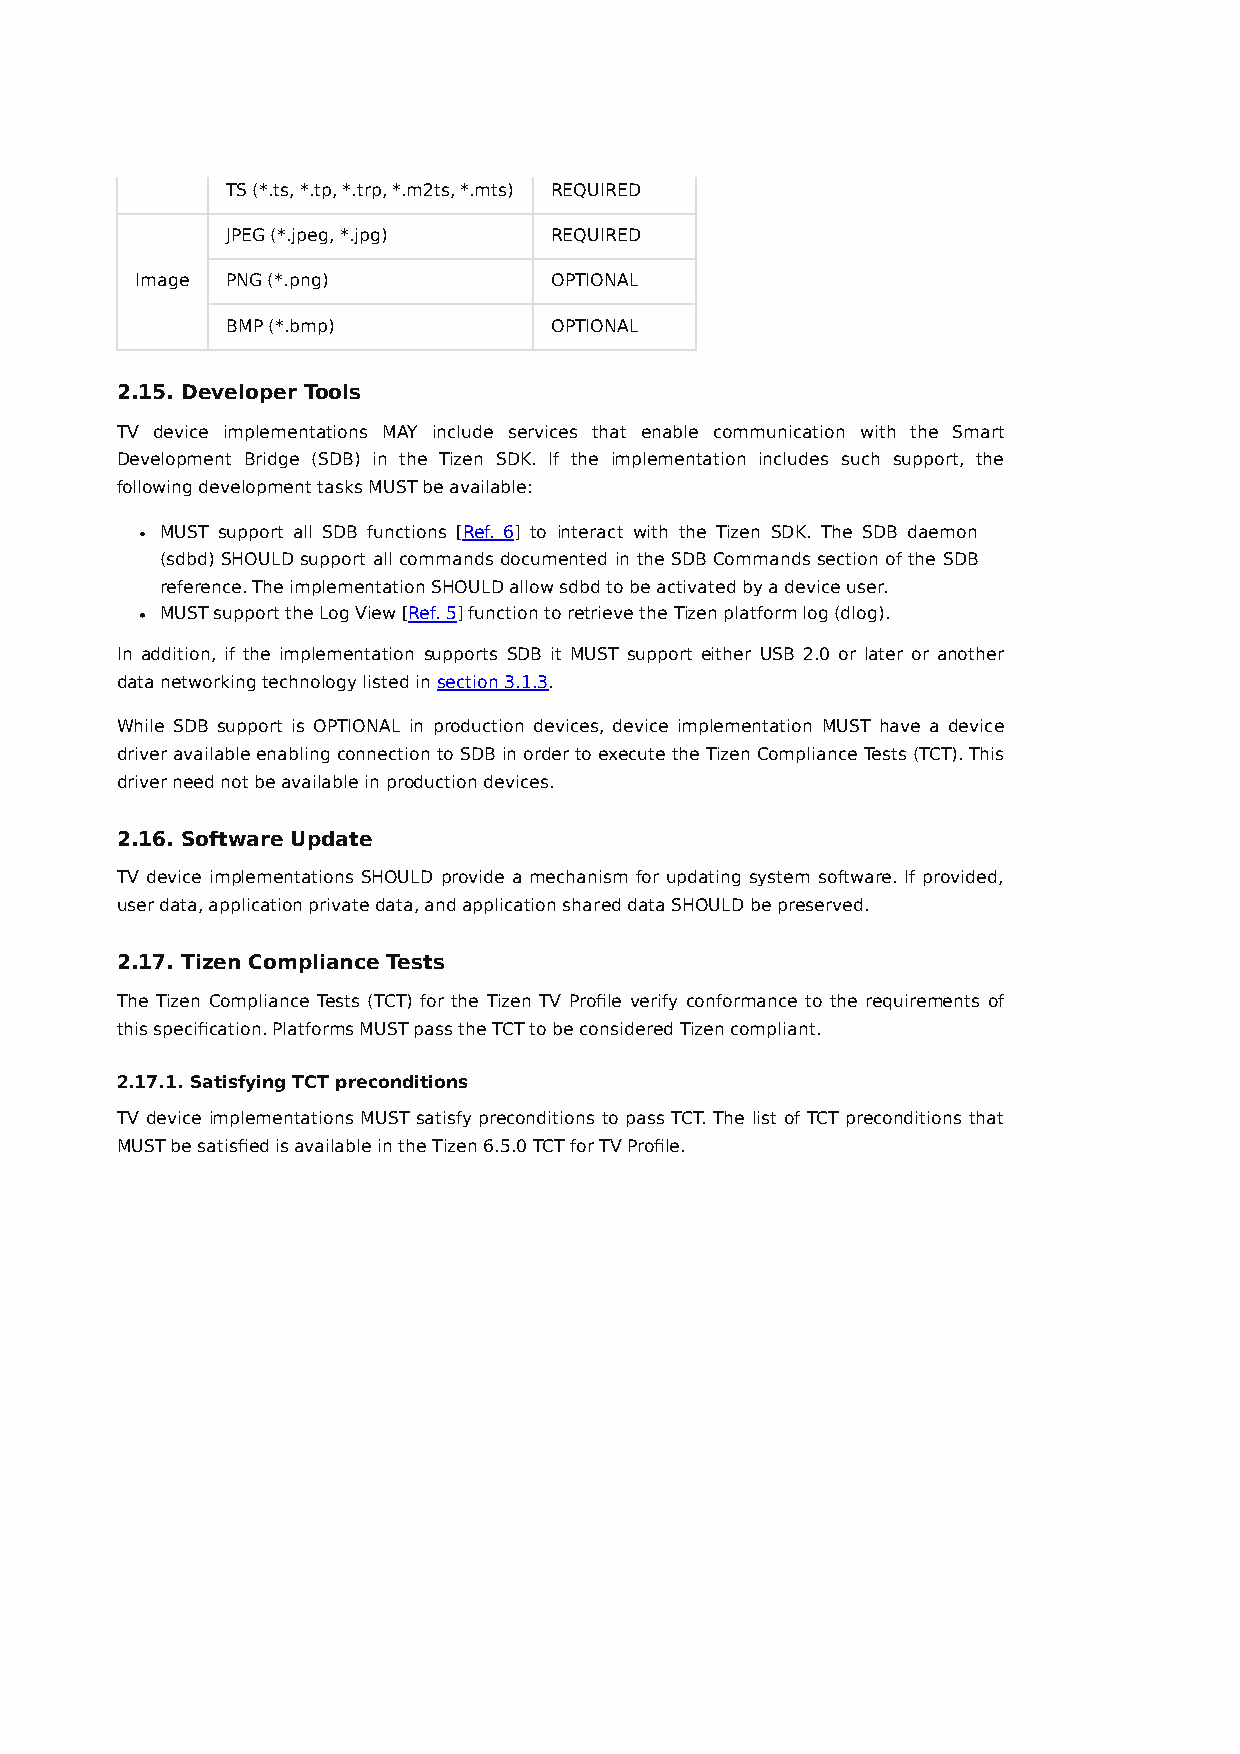
TS (*.ts, *.tp, *.trp, *.m2ts, *.mts) REQUIRED
 JPEG (*.jpeg, *.jpg) REQUIRED
 Image PNG (*.png)          OPTIONAL
 BMP (*.bmp)          OPTIONAL
 2.15. Developer Tools
 TV device implementations MAY include services that enable communication with the Smart
 Development Bridge (SDB) in the Tizen SDK. If the implementation includes such support, the
 following development tasks MUST be available:
 MUST support all SDB functions [Ref. 6] to interact with the Tizen SDK. The SDB daemon
 (sdbd) SHOULD support all commands documented in the SDB Commands section of the SDB
 reference. The implementation SHOULD allow sdbd to be activated by a device user.
 MUST support the Log View [Ref. 5] function to retrieve the Tizen platform log (dlog).
 In addition, if the implementation supports SDB it MUST support either USB 2.0 or later or another
 data networking technology listed in section 3.1.3.
 While SDB support is OPTIONAL in production devices, device implementation MUST have a device
 driver available enabling connection to SDB in order to execute the Tizen Compliance Tests (TCT). This
 driver need not be available in production devices.
 2.16. Software Update
 TV device implementations SHOULD provide a mechanism for updating system software. If provided,
 user data, application private data, and application shared data SHOULD be preserved.
 2.17. Tizen Compliance Tests
 The Tizen Compliance Tests (TCT) for the Tizen TV Profile verify conformance to the requirements of
 this specification. Platforms MUST pass the TCT to be considered Tizen compliant.
 2.17.1. Satisfying TCT preconditions
 TV device implementations MUST satisfy preconditions to pass TCT. The list of TCT preconditions that
 MUST be satisfied is available in the Tizen 6.5.0 TCT for TV Profile.